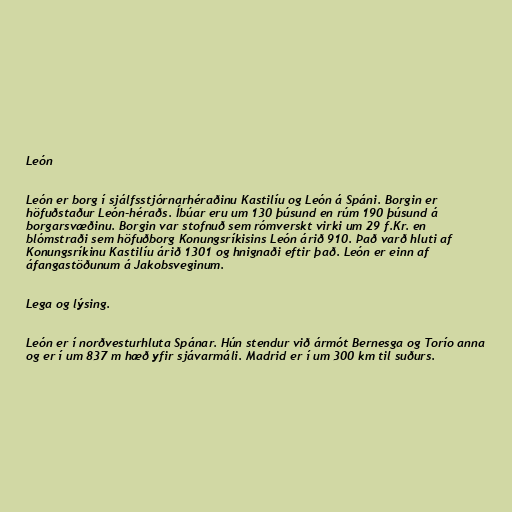
León

León er borg í sjálfsstjórnarhéraðinu Kastilíu og León á Spáni. Borgin er
höfuðstaður León-héraðs. Íbúar eru um 130 þúsund en rúm 190 þúsund á
borgarsvæðinu. Borgin var stofnuð sem rómverskt virki um 29 f.Kr. en
blómstraði sem höfuðborg Konungsríkisins León árið 910. Það varð hluti af
Konungsríkinu Kastilíu árið 1301 og hnignaði eftir það. León er einn af
áfangastöðunum á Jakobsveginum.

Lega og lýsing.

León er í norðvesturhluta Spánar. Hún stendur við ármót Bernesga og Torío anna
og er í um 837 m hæð yfir sjávarmáli. Madrid er í um 300 km til suðurs.